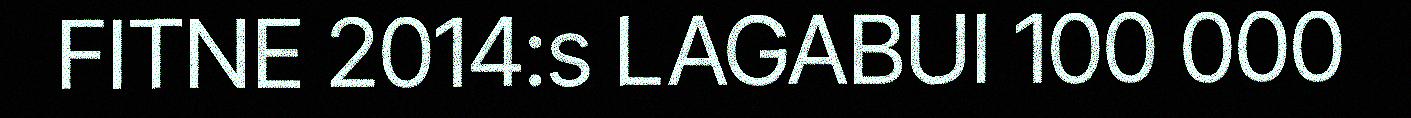
FITNE 2014:s LAGABUI 100 000